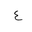
Letter: _ayn